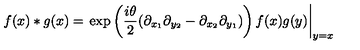
f ( x ) * g ( x ) = \left. \exp \left( \frac { i \theta } { 2 } ( \partial _ { x _ { 1 } } \partial _ { y _ { 2 } } - \partial _ { x _ { 2 } } \partial _ { y _ { 1 } } ) \right) f ( x ) g ( y ) \right| _ { y = x }